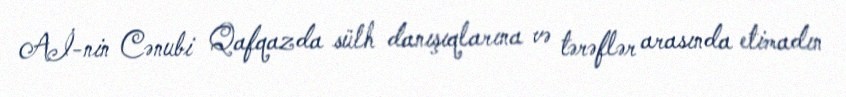
Aİ-nin Cənubi Qafqazda sülh danışıqlarına və tərəflər arasında etimadın